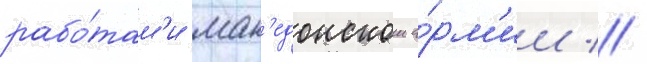
рабо́там'и мак'едонскои а́рм'ии //